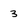
Character: 3